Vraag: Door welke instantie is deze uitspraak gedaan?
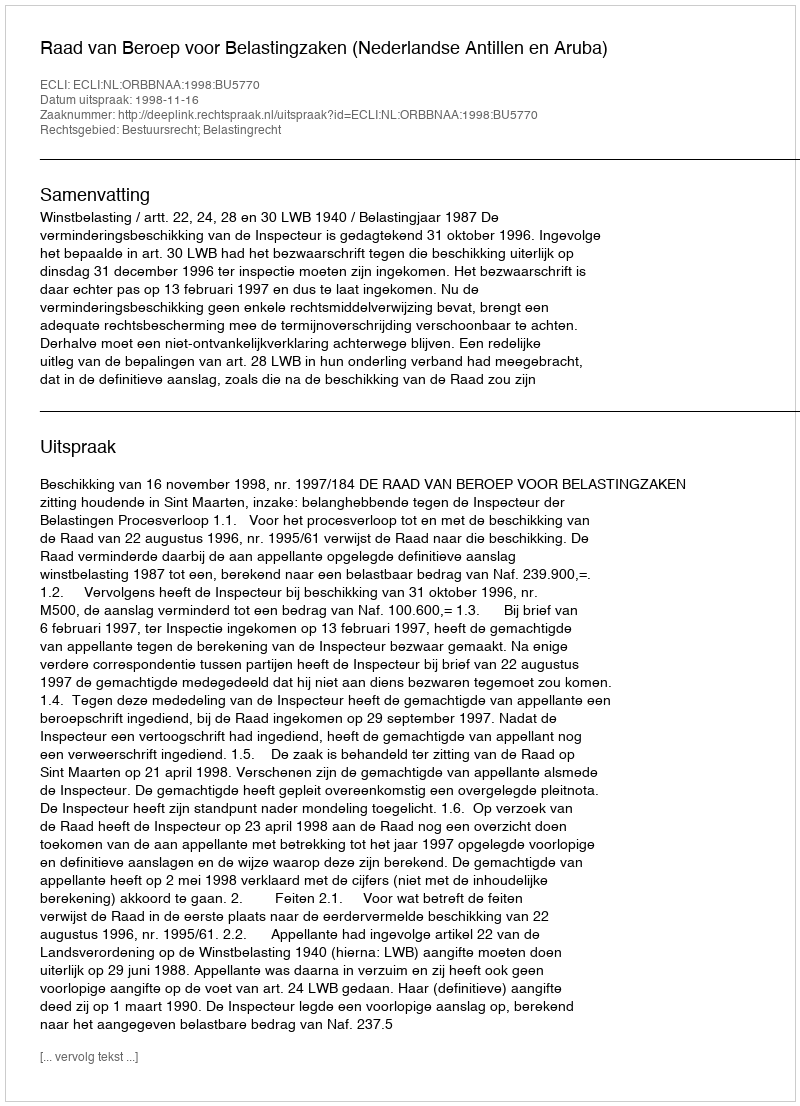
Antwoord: Raad van Beroep voor Belastingzaken (Nederlandse Antillen en Aruba)